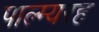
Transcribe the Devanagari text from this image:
पाल्म्यरह